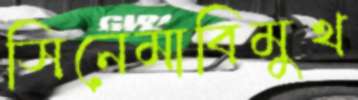
সিনেমাবিমুখ